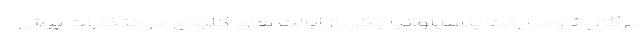
برگزار شود. ایالت پنسیلوانیا یکی از ایالت های کلیدی در انتخابات پیش